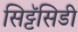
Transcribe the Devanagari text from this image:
सिट्टॅसिडी